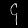
Digit: ၄